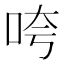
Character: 咵